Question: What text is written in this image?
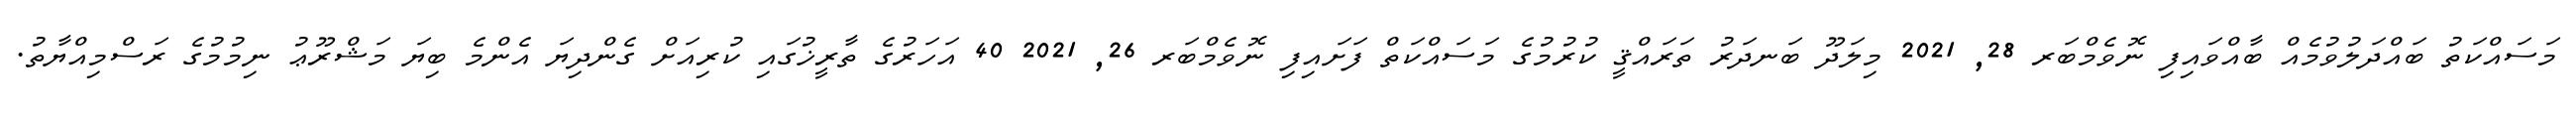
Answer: މަސައްކަތު ބައްދަލުވުމެއް ބާއްވައިފި ނޮވެމްބަރ 28, 2021 މިލަދޫ ބަނދަރު ތަރައްޤީ ކުރުމުގެ މަސައްކަތް ފަށައިފި ނޮވެމްބަރ 26, 2021 40 އަހަރުގެ ތާރީޚުގައި ކުރިއަށް ގެންދިޔަ އެންމެ ބިޔަ މަޝްރޫޢު ނިމުމުގެ ރަސްމިއްޔާތު.